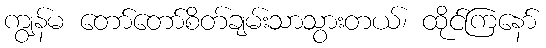
ကျွန်မ တော်တော်စိတ်ချမ်းသာသွားတယ်၊ ထိုင်ကြနော်